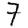
Digit: 7